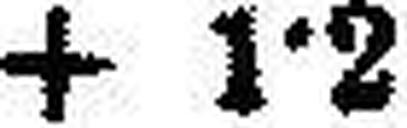
+ 1·2